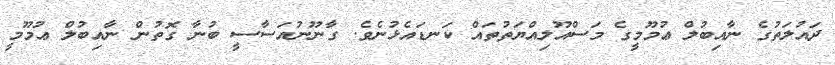
ދައުލަތުގެ ނާއިބުލް ޢުމޫމީގެ މަސްއޫލިއްޔަތުތައް ކަނޑައެޅުނެވެ. ގާނޫނުއަސާސީ ބުނާ ގޮތުން ނާއިބުލް ޢުމޫމީ